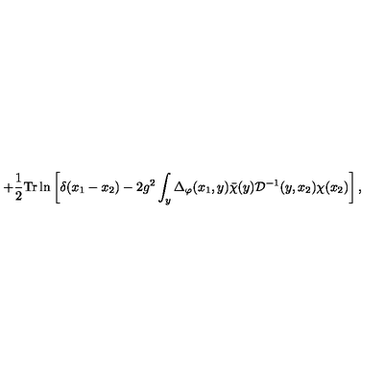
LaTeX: + \frac { 1 } { 2 } \mathrm { T r } \ln \left[ \delta ( x _ { 1 } - x _ { 2 } ) - 2 g ^ { 2 } \int _ { y } \Delta _ { \varphi } ( x _ { 1 } , y ) { \bar { \chi } } ( y ) { \mathcal D } ^ { - 1 } ( y , x _ { 2 } ) \chi ( x _ { 2 } ) \right] ,